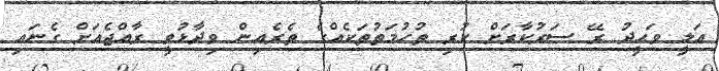
އަލީ ވަޙީދު ރޭ ސަރުކާރަށް ކުރި ތުހުމަތުތަކެއްގެ ތެރެއިން ވިދާޅުވީ ރާއްޖެއަށް ގެނައި